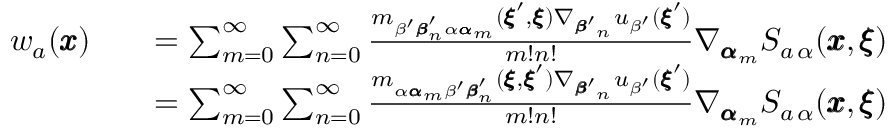
\begin{array} { r l r } { w _ { a } ( { \pmb x } ) } & { } & { = \sum _ { m = 0 } ^ { \infty } \sum _ { n = 0 } ^ { \infty } \frac { m _ { \beta ^ { \prime } { \pmb \beta } _ { n } ^ { \prime } \alpha { \pmb \alpha } _ { m } } ( { \pmb \xi } ^ { \prime } , { \pmb \xi } ) \nabla _ { { \pmb \beta ^ { \prime } } _ { n } } u _ { \beta ^ { \prime } } ( { \pmb \xi } ^ { \prime } ) } { m ! n ! } \nabla _ { { \pmb \alpha } _ { m } } S _ { a \, \alpha } ( { \pmb x } , { \pmb \xi } ) } \\ & { } & { = \sum _ { m = 0 } ^ { \infty } \sum _ { n = 0 } ^ { \infty } \frac { m _ { \alpha { \pmb \alpha } _ { m } \beta ^ { \prime } { \pmb \beta } _ { n } ^ { \prime } } ( { \pmb \xi } , { \pmb \xi } ^ { \prime } ) \nabla _ { { \pmb \beta ^ { \prime } } _ { n } } u _ { \beta ^ { \prime } } ( { \pmb \xi } ^ { \prime } ) } { m ! n ! } \nabla _ { { \pmb \alpha } _ { m } } S _ { a \, \alpha } ( { \pmb x } , { \pmb \xi } ) } \end{array}